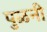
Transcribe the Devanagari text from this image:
पुळनी